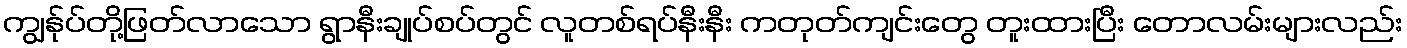
ကျွန်ုပ်တို့ဖြတ်လာသော ရွာနီးချုပ်စပ်တွင် လူတစ်ရပ်နီးနီး ကတုတ်ကျင်းတွေ တူးထားပြီး တောလမ်းများလည်း